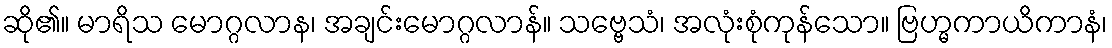
ဆို၏။ မာရိသ မောဂ္ဂလာန၊ အချင်းမောဂ္ဂလာန်။ သဗ္ဗေသံ၊ အလုံးစုံကုန်သော။ ဗြဟ္မကာယိကာနံ၊